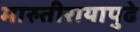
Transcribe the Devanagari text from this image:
मारुतीरायापुढे